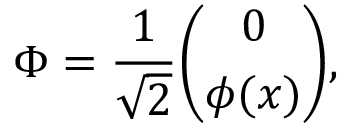
\Phi = \frac { 1 } { \sqrt { 2 } } { \binom { 0 } { \phi ( x ) } } ,